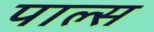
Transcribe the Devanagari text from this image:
पाल्स